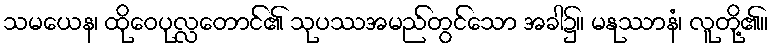
သမယေန၊ ထိုဝေပုလ္လတောင်၏ သုပဿအမည်တွင်သော အခါ၌။ မနုဿာနံ၊ လူတို့၏။